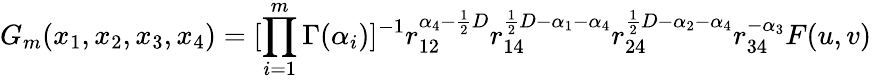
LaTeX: G_{m}(x_{1},x_{2},x_{3},x_{4})=[\prod_{i=1}^{m}\Gamma(\alpha_{i})]^{-1}r_{12}^{\alpha_{4}-\frac{1}{2}D}r_{14}^{\frac{1}{2}D-\alpha_{1}-\alpha_{4}}r_{24}^{\frac{1}{2}D-\alpha_{2}-\alpha_{4}}r_{34}^{-\alpha_{3}}F(u,v)